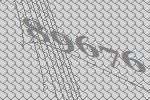
89676